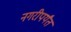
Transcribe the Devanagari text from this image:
नगरीपर्यंत